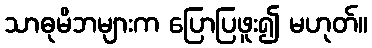
သာဓုမိဘများက ပြောပြဖူး၍ မဟုတ်။